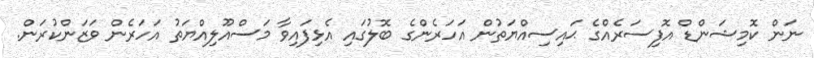
ނަން ކޮމިޝަންޑް އޮފިސަރެއްގެ ޙައިސިއްޔަތުން އަހަރެންގެ ބޮލުގައި އެޅިފައިވާ މަސްއޫލިއްޔަތު އަހަރެން ވަޒަންކުރަން.